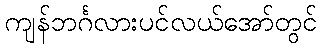
ကျန်ဘင်္ဂလားပင်လယ်အော်တွင်